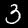
Digit: 3